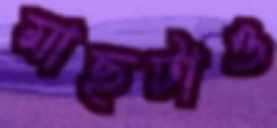
মাছটাও